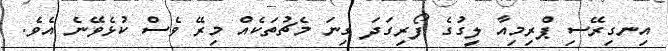
އިނގިރޭސި ޕްރިމިއާ ލީގުގެ ފޯރިގަދަ ގިނަ މެޗުތަކެއް މިރޭ ވެސް ކުޅެވޭނެ އެވެ.